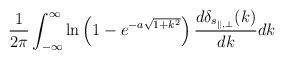
LaTeX: \begin{align*}\frac{1}{2\pi}\int_{-\infty}^{\infty}\ln\left(1-e^{-a\sqrt{1+k^2}}\right)\frac{d\delta_{s_{\parallel,\perp}}(k)}{dk}dk\end{align*}